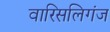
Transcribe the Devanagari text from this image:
वारिसलिगंज